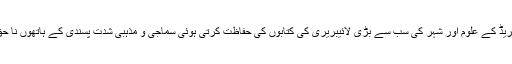
وہ کلاسک پیریڈ کے علوم اور شہر کی سب سے بڑی لائیبریری کی کتابوں کی حفاظت کرتی ہوئی سماجی و مذہبی شدت پسندی کے ہاتھوں نا حق ماری گئی۔